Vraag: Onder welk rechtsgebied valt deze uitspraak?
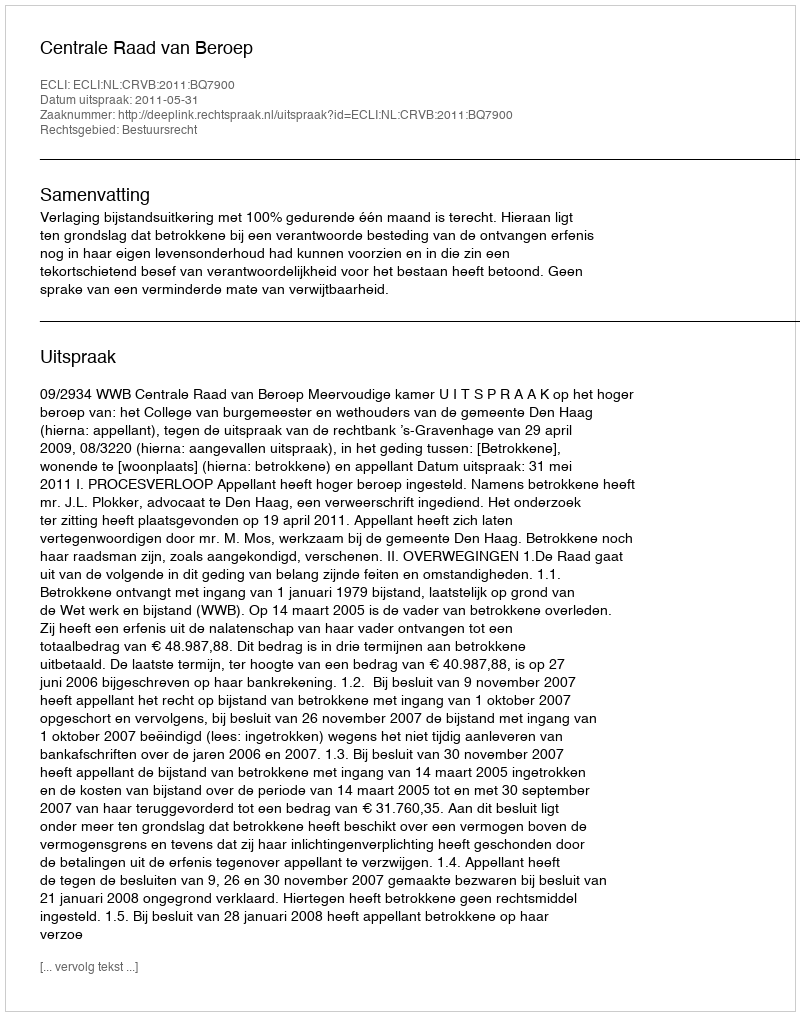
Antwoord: Bestuursrecht